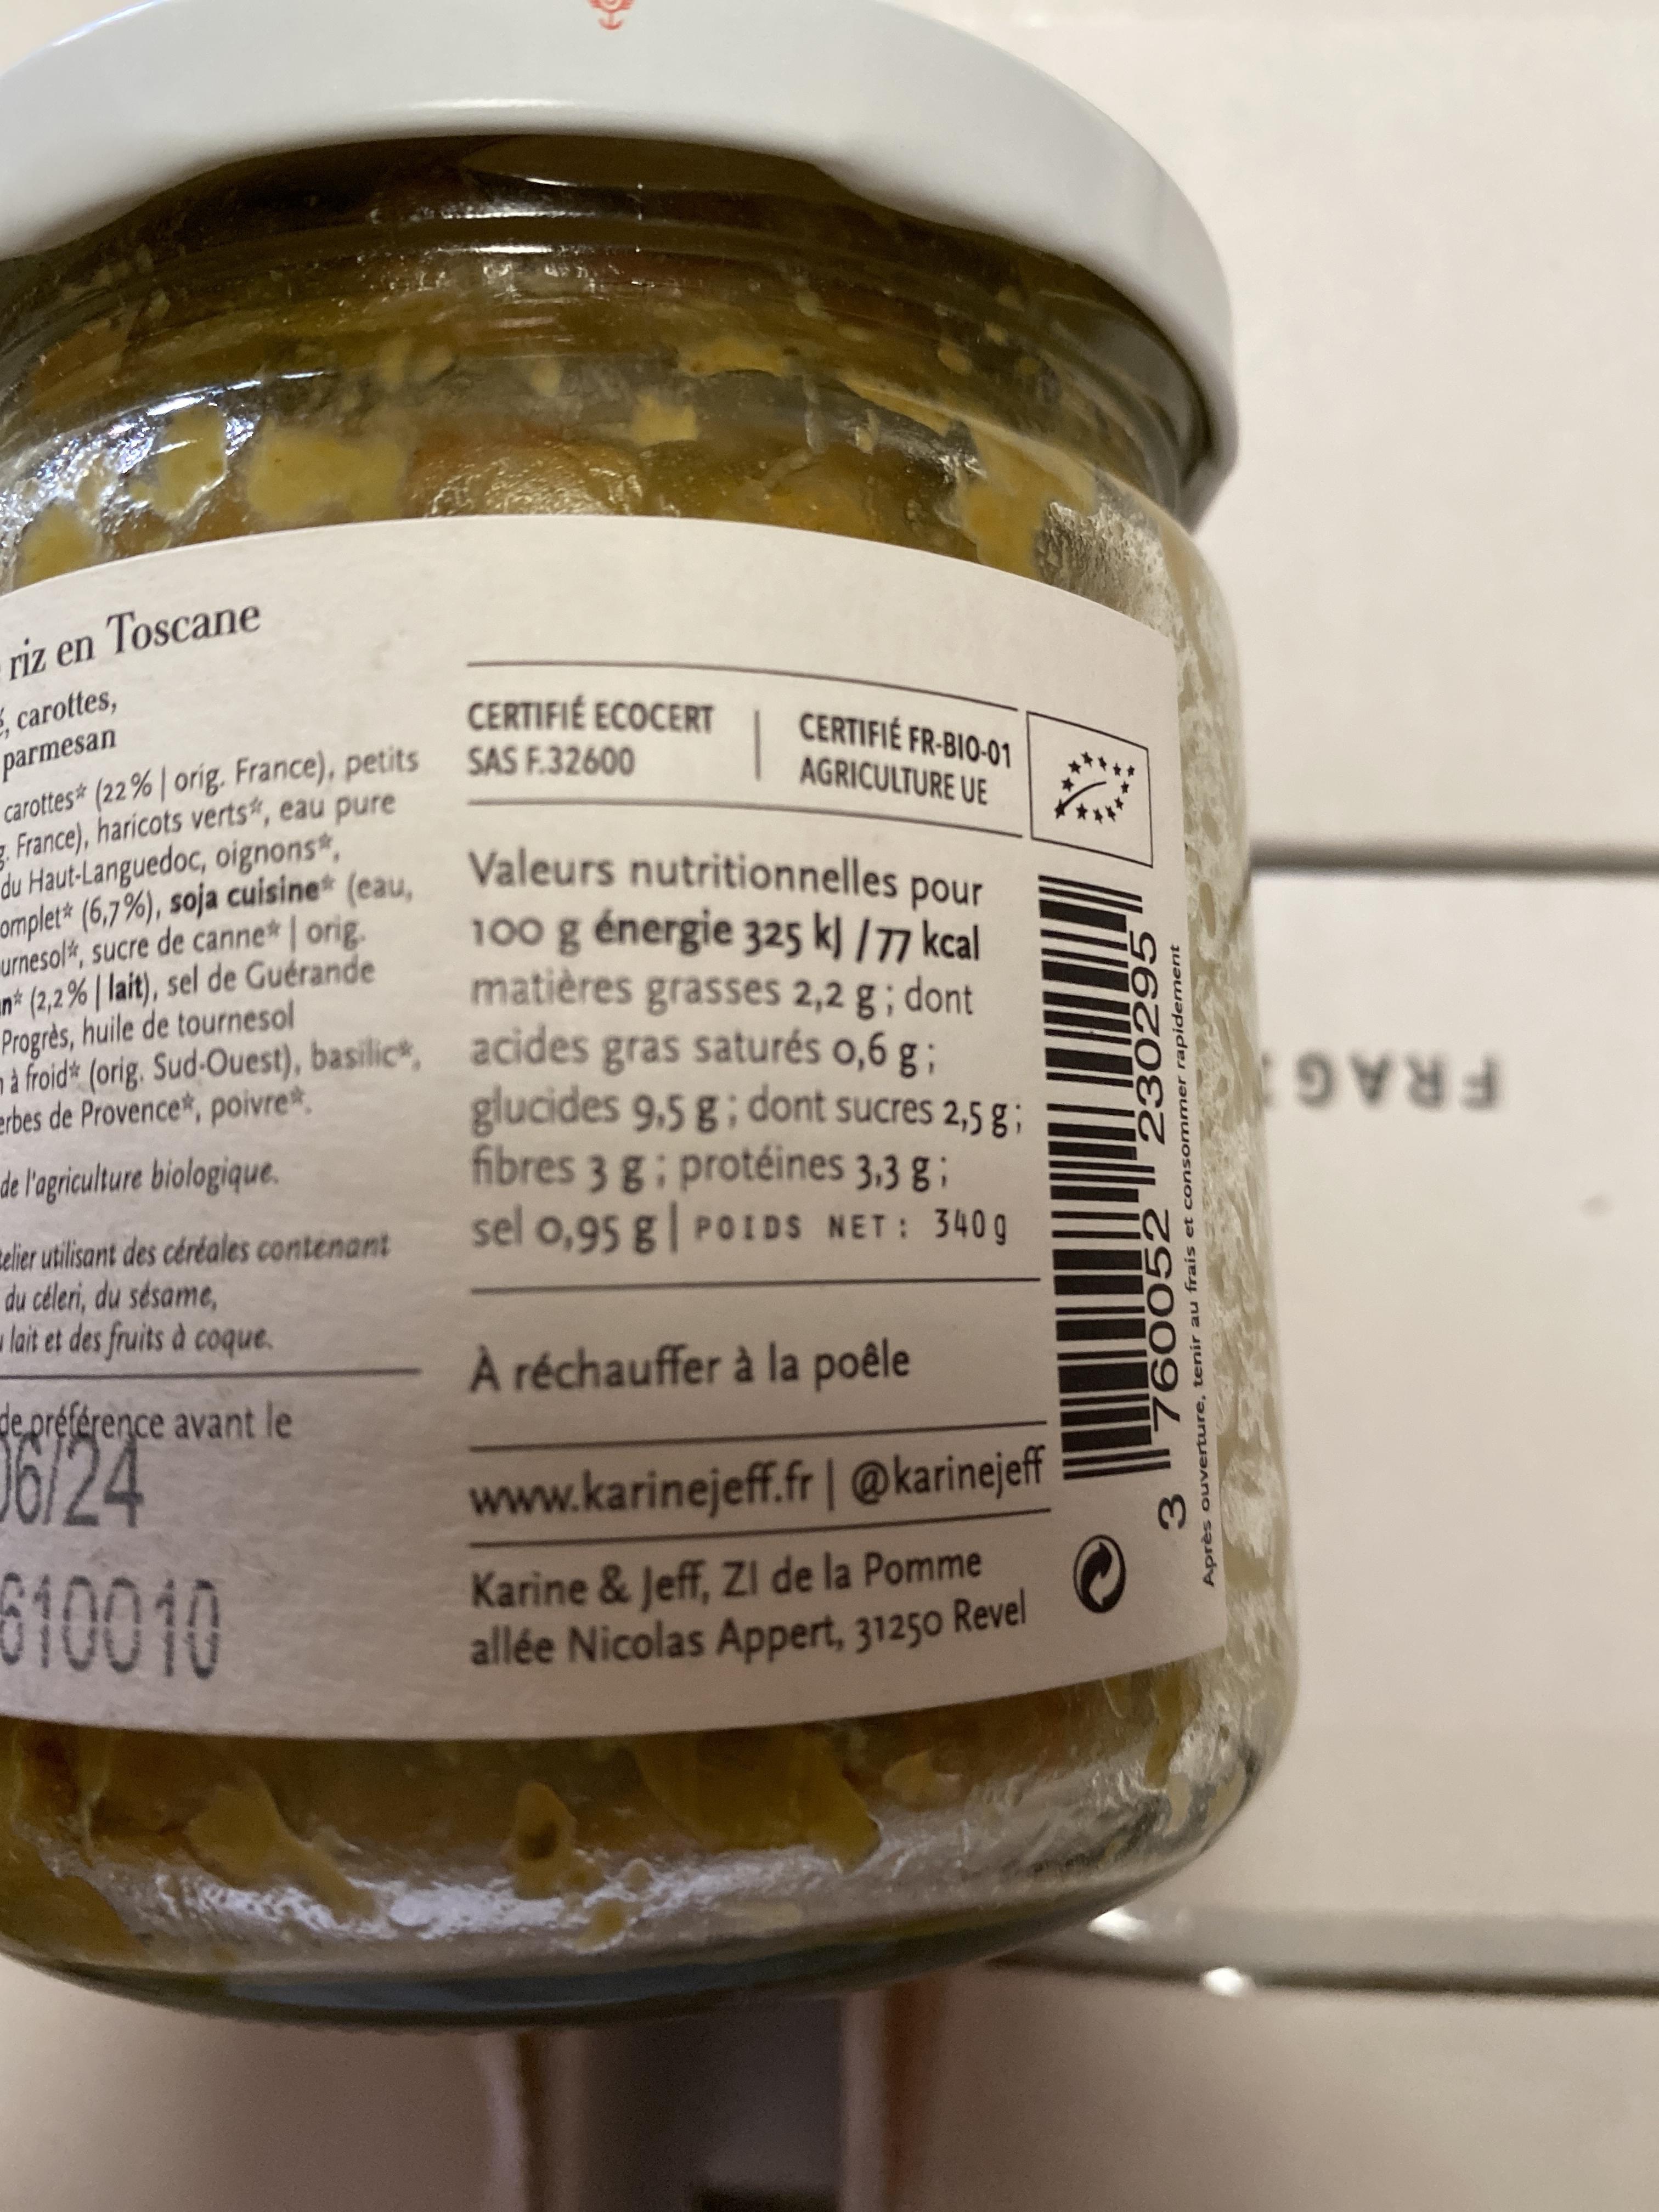
omplet* (6,7%), soja cuisine* (eau,
riz en Toscane
carottes, parmesan carottes* (22 % | orig. France), petits
CERTIFIÉ ECOCERT
CERTIFIÉ FR-BIO-01
|
SAS F.32600
AGRICULTURE UE
Valeurs nutritionnelles pour 100 g énergie 325 k) /77 kcal matières grasses 2,2 g ; dont foidk (orig, Sud-Ouest), basilic*, acides gras saturés 0,6 g : glucides 9,5 g; dont sucres 2,5 g ; fibres 3 g; protéines 3,3 g ; sel 0,95 g| POIDS NET: 340 g
du Haut-Languedoc, oignons,
urnesol*, sucre de canne* | orig. in* (2,2% | lait), sel de Guérande Progrès, huile de tournesol
erbes de Provence*, poivre.
FRAG
de l'ogriculture biologique.
telier utilisant des céréales contenant du céleri, du sésame, lait et des fruits à coque.
À réchauffer à la poêle
de préférence avant le
16/24 610010
www.karinejeff.fr | @karinejef
Karine & Jeff, ZI de la Pomme allée Nicolas Appert, 31250 Revel
760052 3.
2302955
Après o uverture, tenir au frais et consommer rapidement